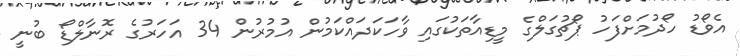
އެވޯޑު ހޯދުމަށްފަހު ޕޯޗުގަލްގެ މީޑިއާތަކުގައި ވާހަކަދައްކަމުން އުމުރުން 34 އަހަރުގެ ރޮނާލްޑޯ ބުނީ